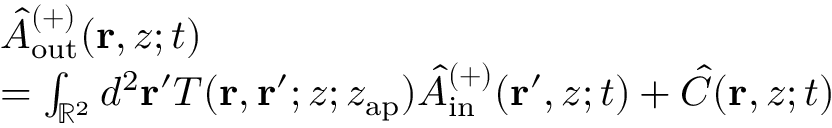
\begin{array} { r l } & { \hat { A } _ { \mathrm { o u t } } ^ { ( + ) } ( \mathbf { r } , z ; t ) } \\ & { = \int _ { \mathbb { R } ^ { 2 } } d ^ { 2 } \mathbf { r } ^ { \prime } T ( \mathbf { r } , \mathbf { r } ^ { \prime } ; z ; z _ { \mathrm { a p } } ) \hat { A } _ { \mathrm { i n } } ^ { ( + ) } ( \mathbf { r } ^ { \prime } , z ; t ) + \hat { C } ( \mathbf { r } , z ; t ) } \end{array}